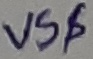
Text: VS$